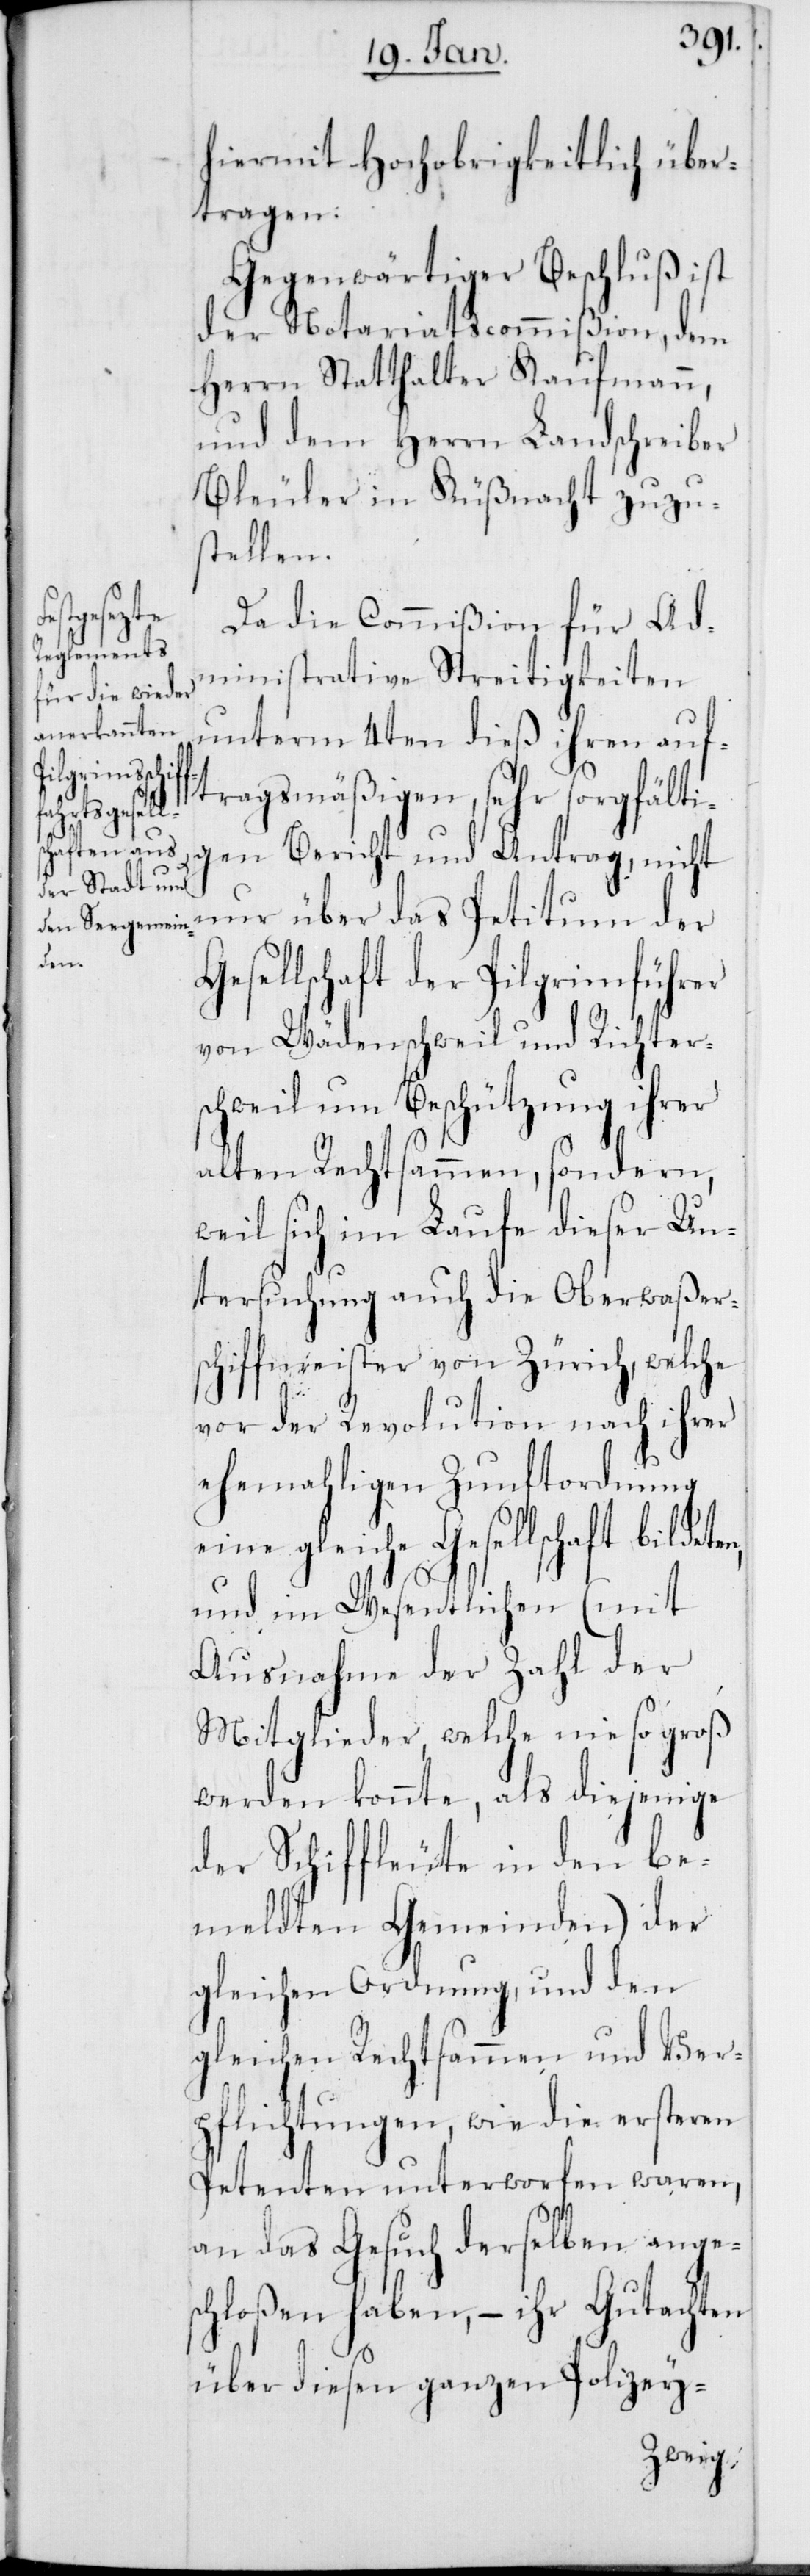
ten,

hiermit Hochobrigkeitlich über¬
tragen.
Gegenwärtiger Beschluß ist
der Notariatscommißion, dem
Herrn Statthalter Kaufmann,
und dem Herrn Landschreiber
Bleuler in Küßnacht zuzu¬
stellen.
Da die Commißion für Ad¬
ministrative Streitigkeiten
unterm 4ten dieß ihren auf¬
tragsmäßigen, sehr sorgfälti¬
gen Bericht und Antrag, nicht
nur über das Petitum der
ellschaft der Pilgrimführer
von Wädenschweil und Richter¬
schweil um Beschützung ihrer
alten Rechtsammen, sondern,
weil sich im Laufe dieser Un¬
tersuchung auch die Oberwaßer¬
schiffmeister von Zürich, welche
vor der Revolution nach ihrer
ehemahligen Zunftordnung
eine gleiche Gesellschaft bilde¬
und im Wesentlichen (mit
Ausnahme der Zahl der
Mitglieder, welche nie so groß
werden konnte, als diejenige
der Schiffleute in den be¬
meldten Gemeinden) der
gleichen Ordnung, und den
gleichen Rechtsammen und Ver¬
pflichtungen, wie die ersteren
Petenten unterworfen waren,
an das Gesuch derselben ange¬
schloßen haben, – ihr Gutachten
über diesen ganzen Polizey-